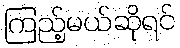
ကြည့်မယ်ဆိုရင်